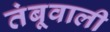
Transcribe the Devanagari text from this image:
तंबूवाली